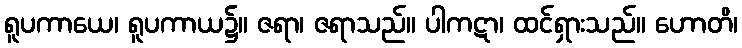
ရူပကာယေ၊ ရူပကာယ၌။ ဇရာ၊ ဇရာသည်။ ပါကဋာ၊ ထင်ရှားသည်။ ဟောတိ၊